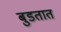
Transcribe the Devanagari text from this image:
बुडतात